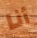
أنا